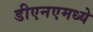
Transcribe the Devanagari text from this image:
डीएनएमध्ये